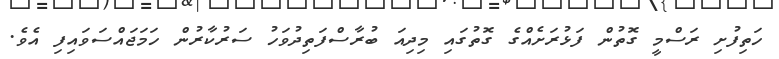
ހަތިފުށި ރަސްމީ ގޮތުން ފަޅުރަށެއްގެ ގޮތުގައި މިދިއަ ބުރާސްފަތިދުވަހު ސަރުކާރުން ހަމަޖައްސަވައިފި އެވެ.